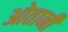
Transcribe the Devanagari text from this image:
ओतानी